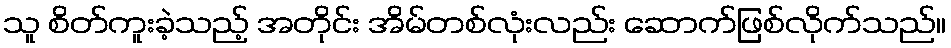
သူ စိတ်ကူးခဲ့သည့် အတိုင်း အိမ်တစ်လုံးလည်း ဆောက်ဖြစ်လိုက်သည်။